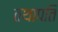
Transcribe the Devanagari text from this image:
तथापति